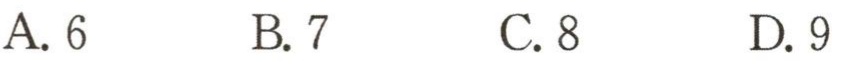
A. 6 \qquad B. 7 \qquad C. 8 \qquad D. 9